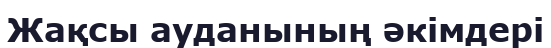
Жақсы ауданының әкімдері